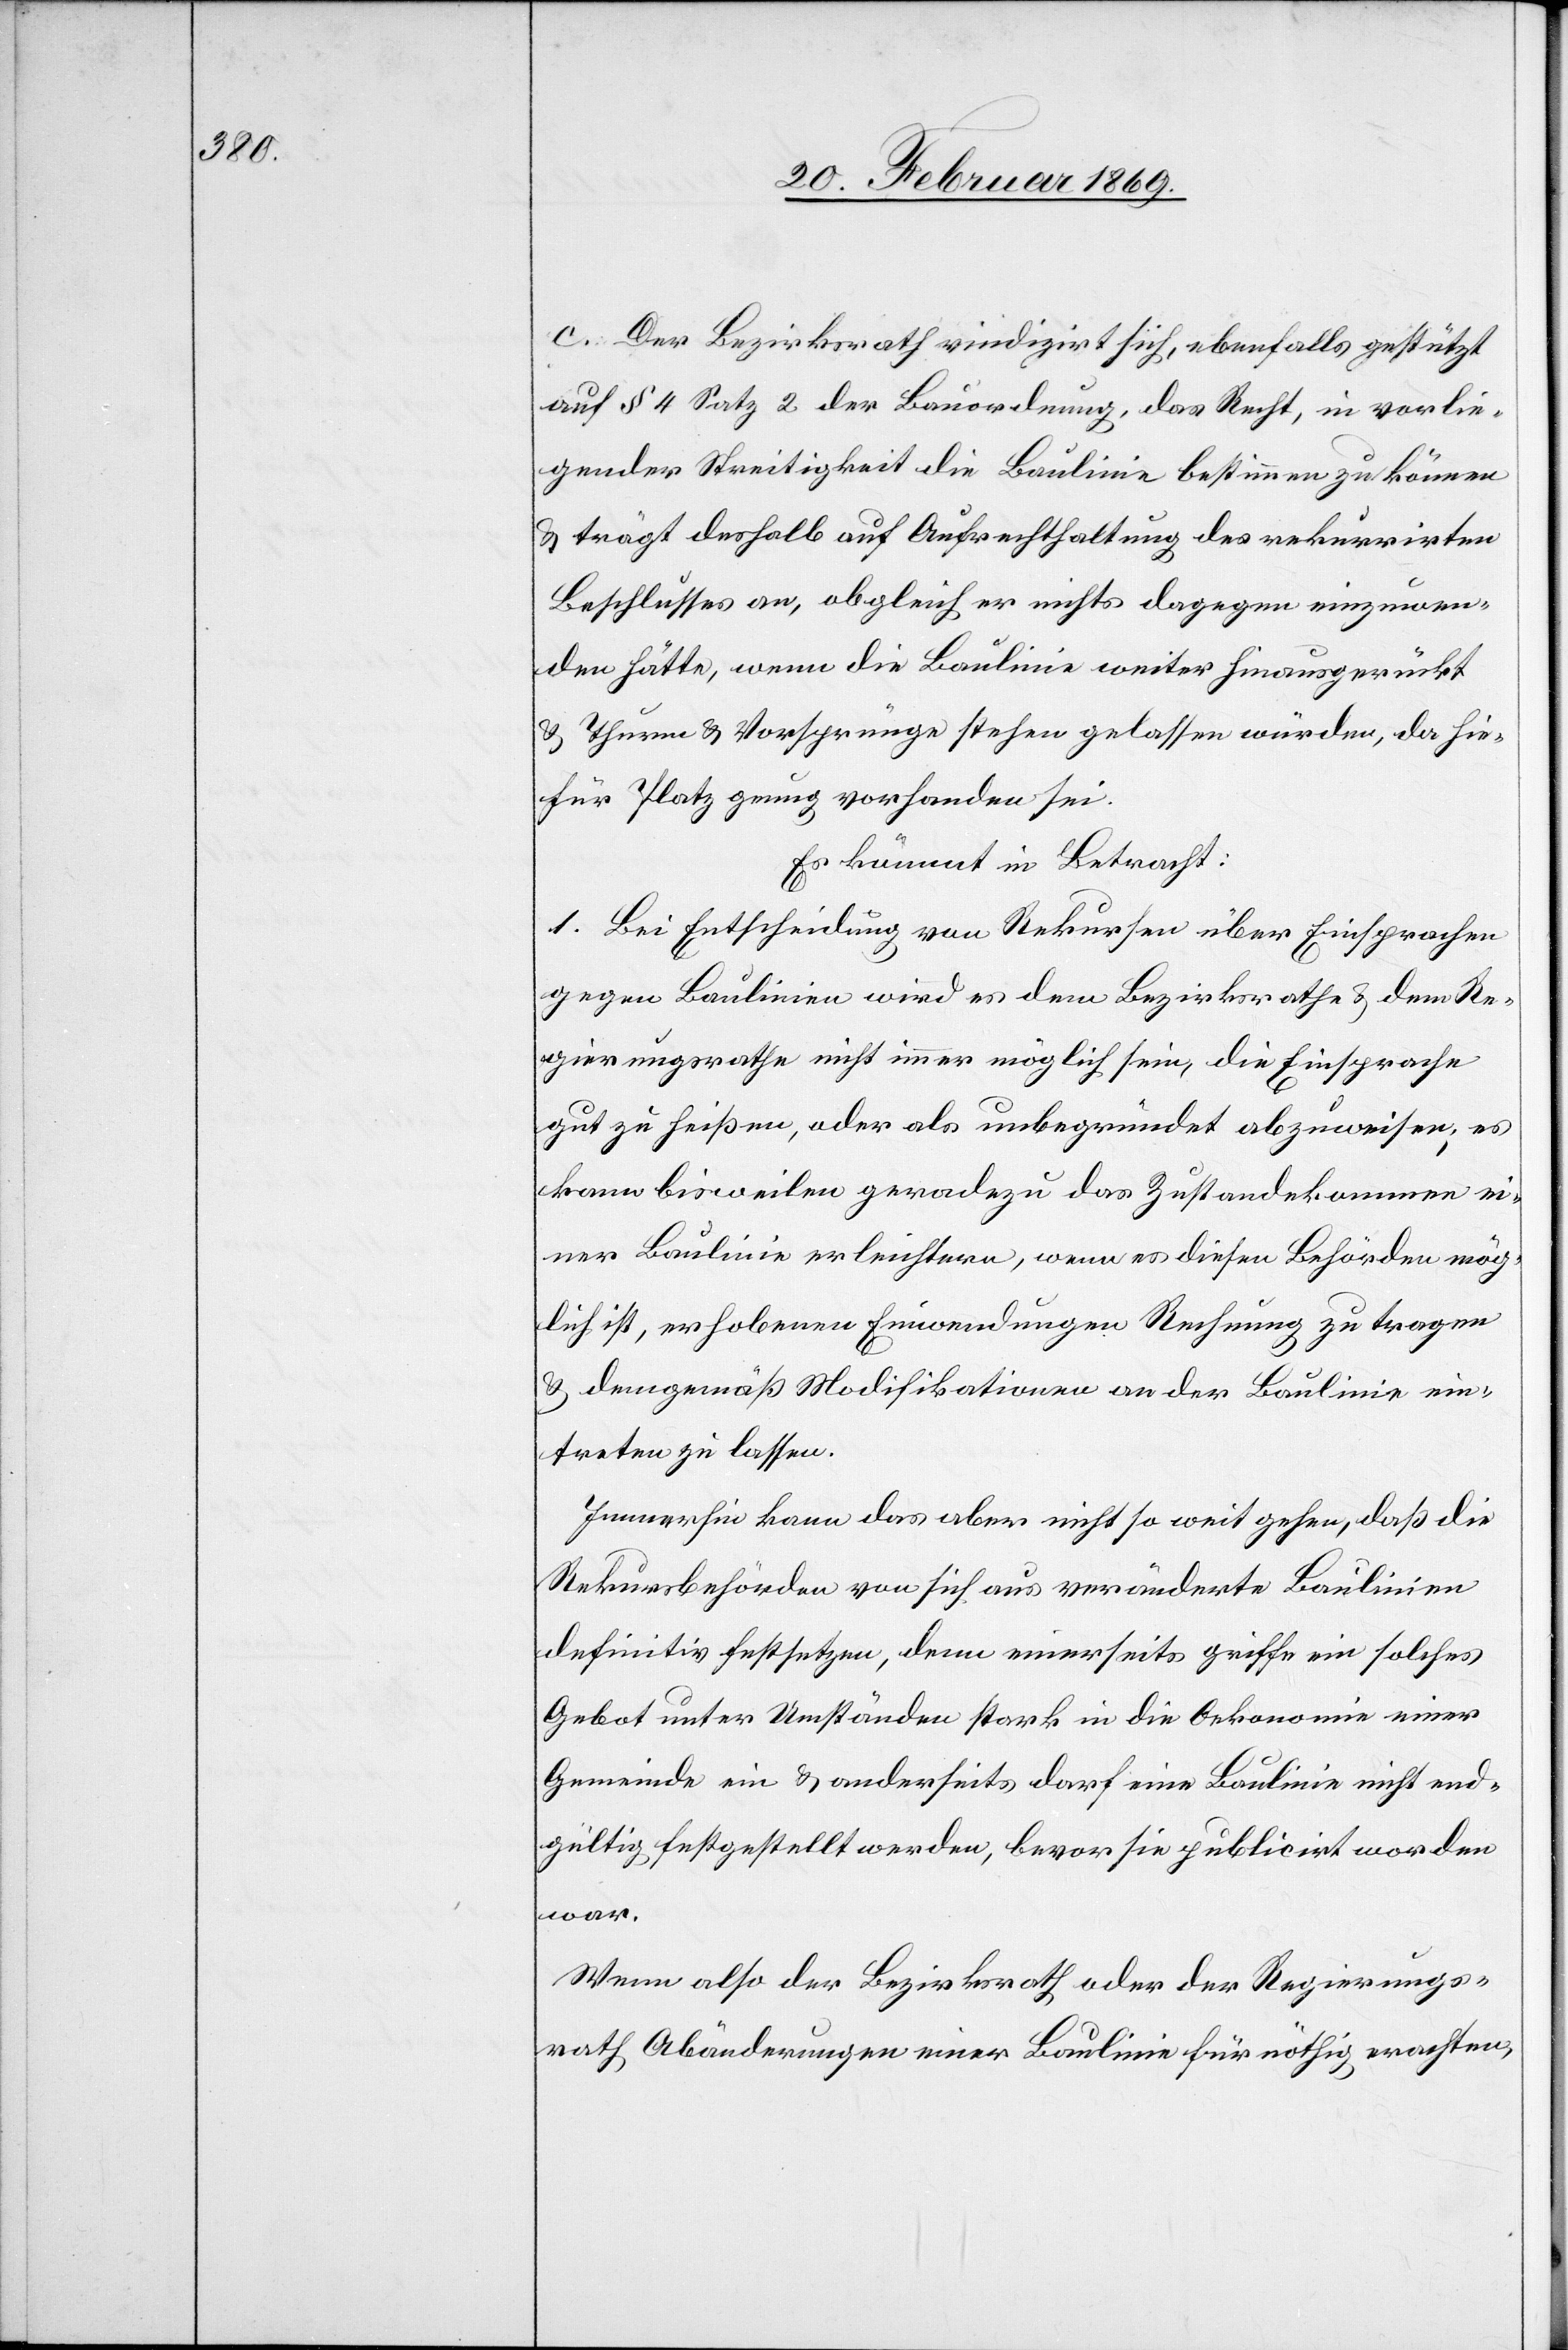
c. Der Bezirksrath vindizirt sich, ebenfalls gestützt
auf § 4 Satz 2 der Bauordnung, das Recht, in vorlie¬
gender Streitigkeit die Baulinie bestimmen zu können
& trägt deshalb auf Aufrechthaltung des rekurrirten
Beschlusses an, obgleich er nichts dagegen einzuwen¬
den hätte, wenn die Baulinie weiter hinausgerückt
& Thurm & Vorsprünge stehen gelassen würden, da hie¬
für Platz genug vorhanden sei.
Es kömmt in Betracht:
1. Bei Entscheidung von Rekursen über Einsprachen
gegen Baulinien wird es dem Bezirksrathe & dem Re¬
gierungsrathe nicht immer möglich sein, die Einsprache
gut zu heißen, oder als unbegründet abzuweisen, es
kann bisweilen geradezu das Zustandekommen ei¬
ner Baulinie erleichtern, wenn es diesen Behörden mög¬
lich ist, erhobenen Einwendungen Rechnung zu tragen
& demgemäß Modifikationen an der Baulinie ein¬
treten zu lassen.
Immerhin kann das aber nicht so weit gehen, daß die
Rekursbehörden von sich aus veränderte Baulinien
definitiv festsetzen, denn einerseits griffe ein solches
Gebot unter Umständen stark in die Oekonomie einer
Gemeinde ein & anderseits darf eine Baulinie nicht end¬
gültig festgestellt werden, bevor sie publicirt worden
war.
Wenn also der Bezirksrath oder der Regierungs¬
rath Abänderungen einer Baulinie für nöthig erachten,